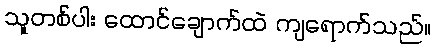
သူတစ်ပါး ထောင်ချောက်ထဲ ကျရောက်သည်။